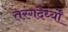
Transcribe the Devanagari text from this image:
तरंगदैर्ध्‍यों